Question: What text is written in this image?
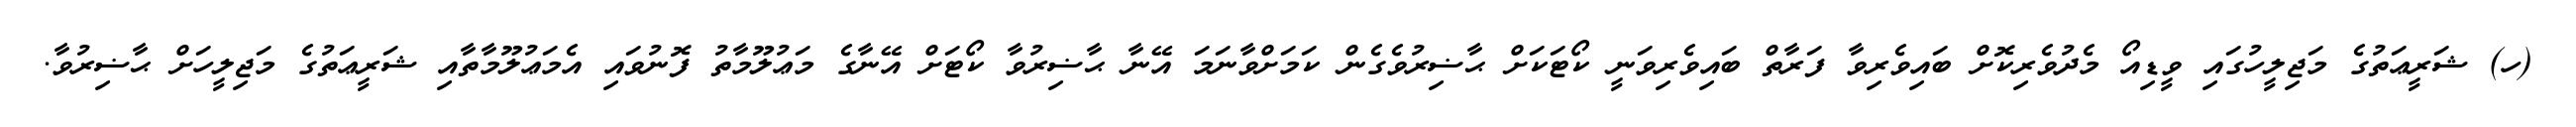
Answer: (ހ) ޝަރީޢަތުގެ މަޖިލީހުގައި ވީޑިއޯ މެދުވެރިކޮށް ބައިވެރިވާ ފަރާތް ބައިވެރިވަނީ ކޯޓަކަށް ޙާޟިރުވެގެން ކަމަށްވާނަމަ އޭނާ ޙާޟިރުވާ ކޯޓަށް އޭނާގެ މަޢުލޫމާތު ފޮނުވައި އެމަޢުލޫމާތާއި ޝަރީޢަތުގެ މަޖިލީހަށް ޙާޟިރުވާ.